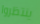
ينتظروا